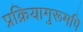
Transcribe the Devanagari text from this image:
प्रक्रियागुरूमपि